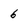
Character: 6